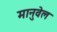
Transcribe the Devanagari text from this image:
मानुवेल